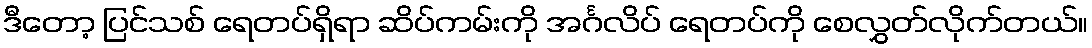
ဒီတော့ ပြင်သစ် ရေတပ်ရှိရာ ဆိပ်ကမ်းကို အင်္ဂလိပ် ရေတပ်ကို စေလွှတ်လိုက်တယ်။